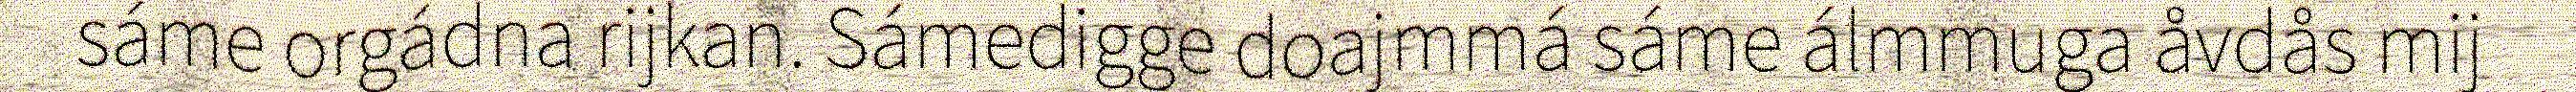
sáme orgádna rijkan. Sámedigge doajmmá sáme álmmuga åvdås mij